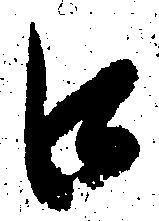
口